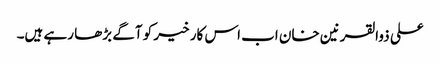
علی ذوالقرنین خان اب اس کار خیر کو آگے بڑھا رہے ہیں۔